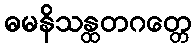
ဓမနိသန္ထတဂတ္တေ